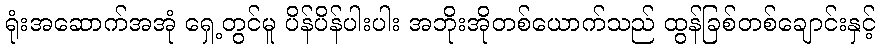
ရုံးအဆောက်အအုံ ရှေ့တွင်မူ ပိန်ပိန်ပါးပါး အဘိုးအိုတစ်ယောက်သည် ထွန်ခြစ်တစ်ချောင်းနှင့်